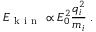
E _ { \mathrm { ~ k ~ i ~ n ~ } } \propto E _ { 0 } ^ { 2 } \frac { q _ { i } ^ { 2 } } { m _ { i } } \; .